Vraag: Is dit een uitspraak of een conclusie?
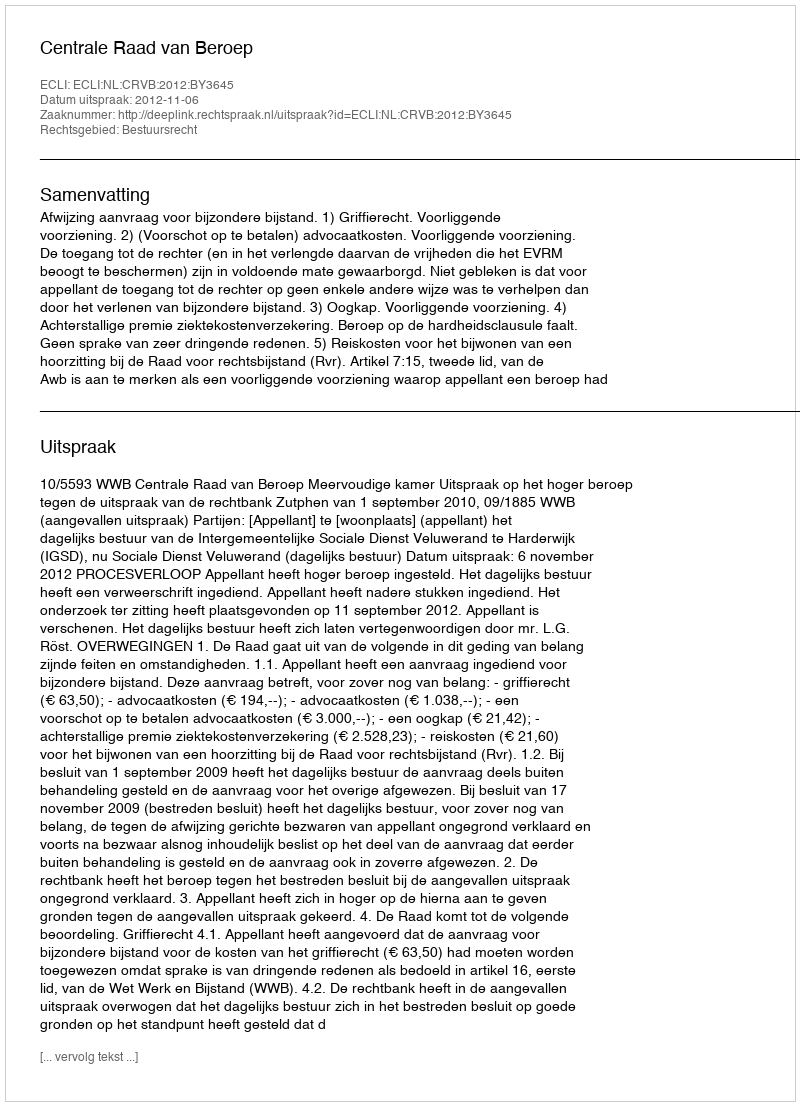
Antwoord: Uitspraak